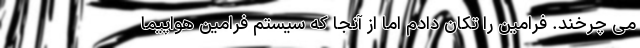
می چرخند. فرامین را تکان دادم اما از آنجا که سیستم فرامین هواپیما